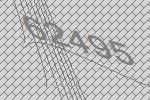
62495